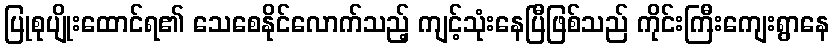
ပြုစုပျိုးထောင်ရ၏ သေစေနိုင်လောက်သည့် ကျင့်သုံးနေပြီဖြစ်သည် ကိုင်းကြီးကျေးရွာနေ